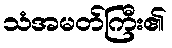
သံအမတ်ကြီး၏